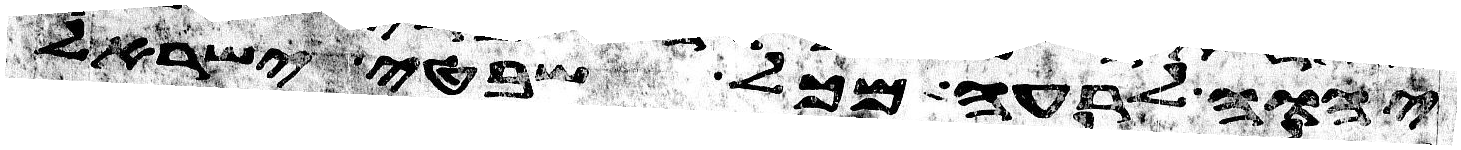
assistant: יהוה לרעה מכל שבטי ישראל